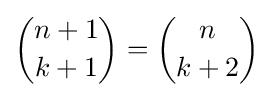
{n+1 \choose k+1}={n \choose k+2}